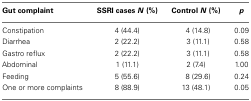
<table><thead><tr><td><b>Gut complaint</b></td><td><b>SSRI cases <i>N</i> (%)</b></td><td><b>Control <i>N</i> (%)</b></td><td><b><i>p</i></b></td></tr></thead><tbody><tr><td>Constipation</td><td>4 (44.4)</td><td>4 (14.8)</td><td>0.09</td></tr><tr><td>Diarrhea</td><td>2 (22.2)</td><td>3 (11.1)</td><td>0.58</td></tr><tr><td>Gastro reflux</td><td>2 (22.2)</td><td>3 (11.1)</td><td>0.58</td></tr><tr><td>Abdominal</td><td>1 (11.1)</td><td>2 (7.4)</td><td>1.00</td></tr><tr><td>Feeding</td><td>5 (55.6)</td><td>8 (29.6)</td><td>0.24</td></tr><tr><td>One or more complaints</td><td>8 (88.9)</td><td>13 (48.1)</td><td>0.05</td></tr></tbody></table>